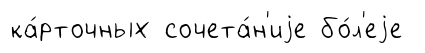
ка́рточных сочета́н'иjе бо́л'еjе